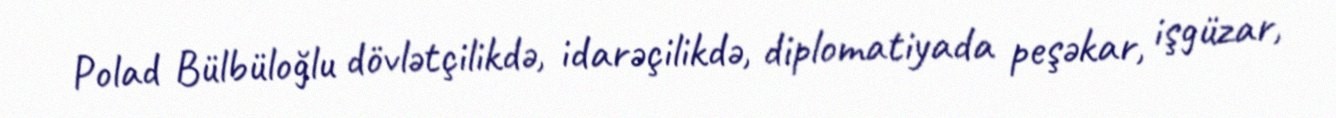
Polad Bülbüloğlu dövlətçilikdə, idarəçilikdə, diplomatiyada peşəkar, işgüzar,